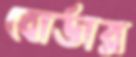
বোর্ডার